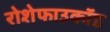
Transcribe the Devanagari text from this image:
रोशेफाउकॉड